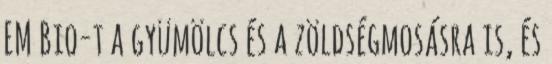
EM Bio-t a gyümölcs és a zöldségmosásra is, és